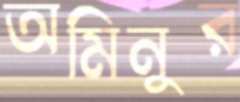
অমিনুর